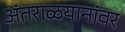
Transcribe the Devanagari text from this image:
अंतराळयानांवर